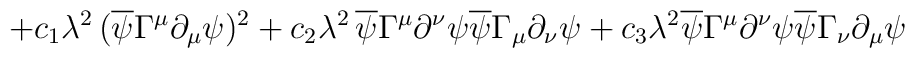
+c_1\lambda^2\,(\overline{\psi}\Gamma^{\mu}\partial_{\mu}\psi)^2+c_2 \lambda^2\, \overline{\psi}\Gamma^{\mu}\partial^{\nu}\psi\overline{\psi}\Gamma_{\mu}\partial_{\nu}\psi+c_3\lambda^2 \overline{\psi}\Gamma^{\mu}\partial^{\nu}\psi\overline{\psi}\Gamma_{\nu}\partial_{\mu}\psi